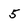
Character: 5